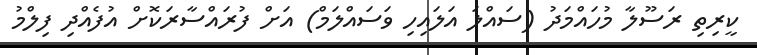
ކީރިތި ރަސޫލާ މުހައްމަދު (ސައްލަ އަލައިހި ވަސައްލަމް) އަށް ފުރައްސާރަކޮށް އުފެއްދި ފިލްމު